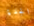
الجدة